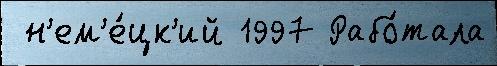
 н'ем'е́цк'ий 1997 Рабо́тала